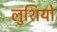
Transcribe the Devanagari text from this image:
लुशियो